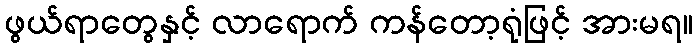
ဖွယ်ရာတွေနှင့် လာရောက် ကန်တော့ရုံဖြင့် အားမရ။